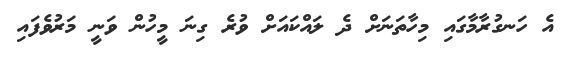
އެ ހަނގުރާމާގައި މިހާތަނަށް ދެ ލައްކައަށް ވުރެ ގިނަ މީހުން ވަނީ މަރުވެފައި